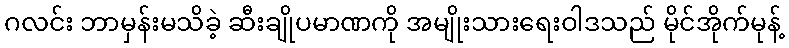
ဂလင်း ဘာမှန်းမသိခဲ့ ဆီးချိုပမာဏကို အမျိုးသားရေးဝါဒသည် မိုင်အိုက်မုန့်